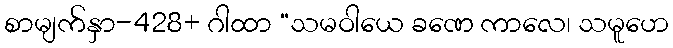
စာမျက်နှာ-428+ ဂါထာ “သမဝါယေ ခဏေ ကာလေ၊ သမူဟေ